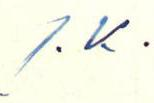
J. K.